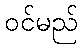
ဝင်မည်